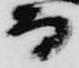
而